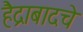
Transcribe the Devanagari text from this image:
हैद्राबादचे